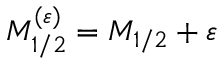
M _ { 1 / 2 } ^ { ( \varepsilon ) } = M _ { 1 / 2 } + \varepsilon